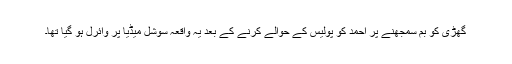
گھڑی کو بم سمجھنے پر احمد کو پولیس کے حوالے کرنے کے بعد یہ واقعہ سوشل میڈیا پر وائرل ہو گیا تھا۔